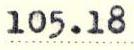
105.18